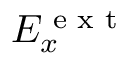
E _ { x } ^ { \textrm { e x t } }